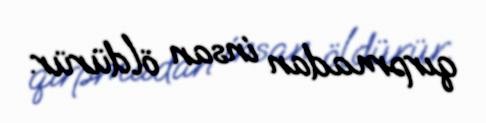
qırpmadan insan öldürür.